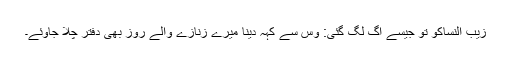
زیب النساکو تو جیسے آگ لگ گئی: وِس سے کہہ دینا میرے زنازے والے روز بھی دفتر چلا جاوئے۔